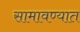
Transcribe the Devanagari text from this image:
सामावण्यात